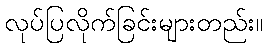
လုပ်ပြလိုက်ခြင်းများတည်း။